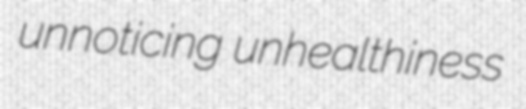
unnoticing unhealthiness